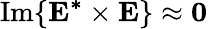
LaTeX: \textrm{Im}\{ \mathbf{E^{*}\times E}\} \approx\mathbf{0}